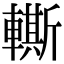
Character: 䡳